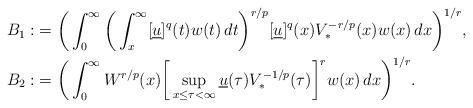
LaTeX: \begin{align*} B_1: & = \bigg(\int_0^{\infty} \bigg(\int_x^{\infty} [\underline{u}]^q(t) w(t)\,dt\bigg)^{r / p} [\underline{u}]^q(x) V_*^{- r / p}(x) w(x)\,dx \bigg)^{1 / r}, \\ B_2: & = \bigg(\int_0^{\infty} W^{r / p}(x) \bigg[\sup_{x \le \tau < \infty} \underline{u}(\tau)V_*^{-1 / p}(\tau)\bigg]^{r} w(x)\,dx \bigg)^{1 / r}. \end{align*}